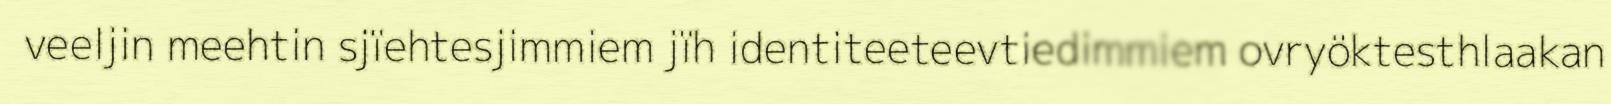
veeljin meehtin sjïehtesjimmiem jïh identiteeteevtiedimmiem ovryöktesthlaakan